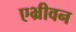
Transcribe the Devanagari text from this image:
एभ्रीवन